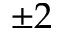
\pm 2